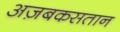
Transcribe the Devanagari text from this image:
अज़बकसतान